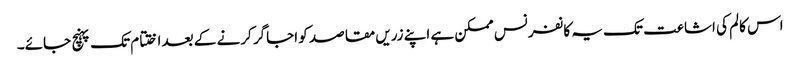
اس کالم کی اشاعت تک یہ کانفرنس ممکن ہے اپنے زریں مقاصد کو اجاگر کرنے کے بعد اختتام تک پہنچ جائے۔